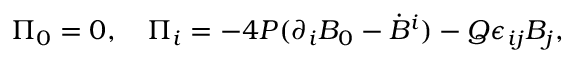
\Pi _ { 0 } = 0 , ~ ~ ~ \Pi _ { i } = - 4 P ( \partial _ { i } B _ { 0 } - \dot { B } ^ { i } ) - Q \epsilon _ { i j } B _ { j } ,